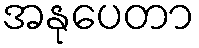
အနုပေတာ